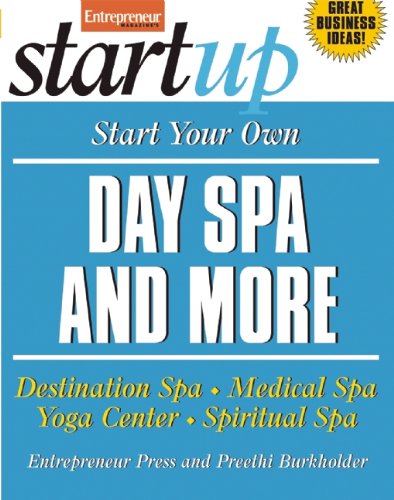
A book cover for Start Your Own Day Spa and More: Destination Spa, Medical Spa, Yoga Center, Spiritual Spa (StartUp Series); Entrepreneur Press; Travel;